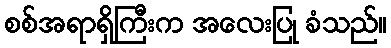
စစ်အရာရှိကြီးက အလေးပြု ခံသည်။